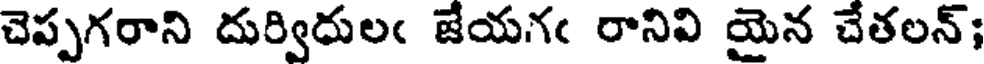
చెప్పగరాని దుర్విదులఁ జేయనఁ రానివి యైన చేతలన్;